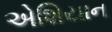
એશિયાન